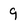
Character: 9